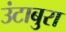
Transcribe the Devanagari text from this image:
उंटाबुरा